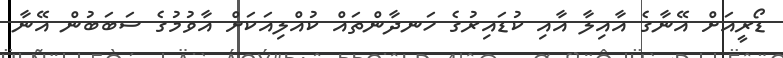
ޑޯރީއަށް އޭނާގެ އާއިލާ އާއި ކުޑައިރުގެ ހަނދާންތައް ކުއްލިއަކަށް އާވުމުގެ ސަބަބުން އޭނާ